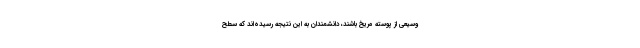
وسیعی از پوسته مریخ باشند، دانشمندان به این نتیجه رسیده‌اند که سطح